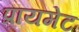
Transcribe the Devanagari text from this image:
प्रायमेट